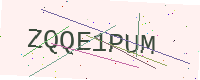
Text: ZQQE1PUM